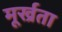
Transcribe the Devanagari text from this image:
मूर्ख्रता